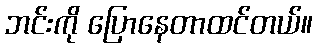
ဘင်းကို ပြောနေတာထင်တယ်။